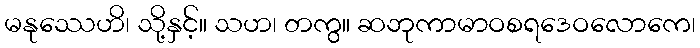
မနုဿေဟိ၊ သို့နှင့်။ သဟ၊ တကွ။ ဆဘုကာမာဝစရဒေဝလောကေ၊